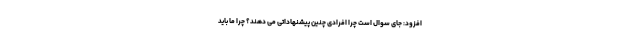
افزود: جای سوال است چرا افرادی چنین پیشنهاداتی می دهند؟ چرا ما باید